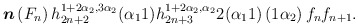
\begin{align*}\boldsymbol{n}\left( F_{n}\right) h_{2n+2}^{1+2\alpha _{2},3\alpha_{2}}(\alpha _{1}1)h_{2n+3}^{1+2\alpha _{2},\alpha _{2}}2(\alpha _{1}1)\left( 1\alpha _{2}\right)f_{n}f_{n+1}.\medskip \end{align*}